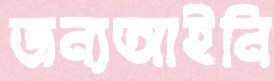
জন্যআইনি